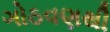
ગોઠવણથી